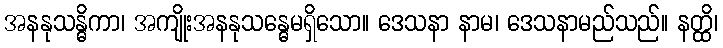
အနနုသန္ဓိကာ၊ အကျိုးအနနုသန္ဓေမရှိသော။ ဒေသနာ နာမ၊ ဒေသနာမည်သည်။ နတ္ထိ၊